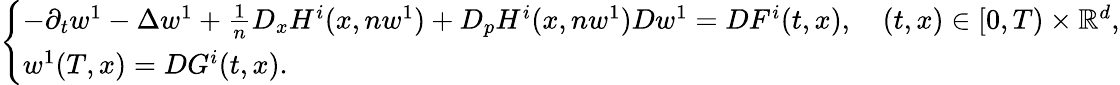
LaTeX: \begin{array}{r}{\left\{ \begin{array}{ll}{-\partial_{t}w^{1}-\Delta w^{1}+\frac{1}{n}D_{x}H^{i}(x,nw^{1})+D_{p}H^{i}(x,nw^{1})Dw^{1}=DF^{i}(t,x),\quad(t,x)\in[0,T)\times{\mathbb R}^{d},}\\ {w^{1}(T,x)=DG^{i}(t,x).}\end{array}\right.}\end{array}